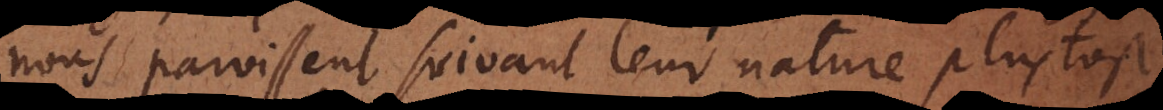
nous paroissent suivant leur nature plustost